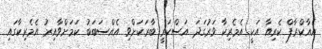
އެއާކްރާފް ކެރިއާ އަކީ އެމެރިކާ ވަރުގަދަ އަސްކަރީ ބާރަކަށްވި އެއްސަބަބު ކަމަށްވާއިރު އެމެރިކާގައި